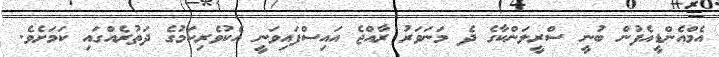
އެމްއެންޑީއެފުން ބުނީ ސްރީލަންކާގެ ދެ މަނަވަރު ރާއްޖެ އައިސްފައިވަނީ އެކުވެރިކަމުގެ ދަތުރެއްގައި ކަމަށެވެ.